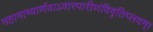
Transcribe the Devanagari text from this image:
महामाष्यार्णवाऽवारपारीणंविवृतिप्लवम्।